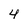
Character: 4